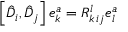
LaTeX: \left[ \hat { D } _ { i } , \hat { D } _ { j } \right] e _ { k } ^ { a } = R _ { k \, i j } ^ { l } e _ { l } ^ { a }